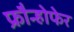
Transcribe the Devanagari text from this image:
फ्रौन्होफेर